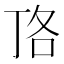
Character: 𭇏